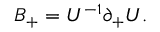
{ \cal B } _ { + } = U ^ { - 1 } \partial _ { + } U .